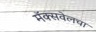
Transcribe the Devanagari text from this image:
मॅक्सवेलचा